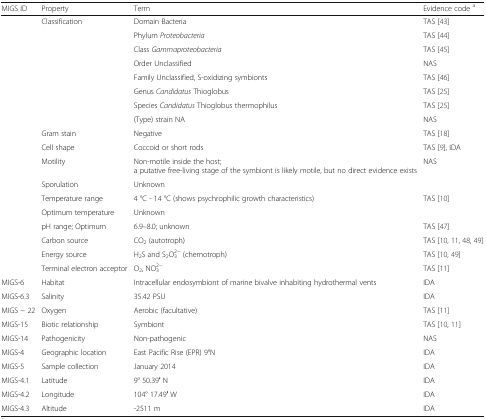
| MIGS ID | Property | Term | Evidence code a |
 | --- | --- | --- | --- |
 | <ROWSPAN=8>  | <ROWSPAN=8> Classification | Domain Bacteria | TAS [43] |
 | Phylum Proteobacteria | TAS [44] |
 | Class Gammaproteobacteria | TAS [45] |
 | Order Unclassified | NAS |
 | Family Unclassified, S-oxidizing symbionts | TAS [46] |
 | Genus Candidatus Thioglobus | TAS [25] |
 | Species Candidatus Thioglobus thermophilus | TAS [25] |
 | (Type) strain NA | NAS |
 |  | Gram stain | Negative | TAS [18] |
 |  | Cell shape | Coccoid or short rods | TAS [9], IDA |
 |  | Motility | Non-motile inside the host;a putative free-living stage of the symbiont is likely motile, but no direct evidence exists | NAS |
 |  | Sporulation | Unknown |  |
 |  | Temperature range | 4 °C - 14 °C (shows psychrophilic growth characteristics) | TAS [10] |
 |  | Optimum temperature | Unknown |  |
 |  | pH range; Optimum | 6.9–8.0; unknown | TAS [47] |
 |  | Carbon source | CO2 (autotroph) | TAS [10, 11, 48, 49] |
 |  | Energy source | H2S and S2O32− (chemotroph) | TAS [10, 49] |
 |  | Terminal electron acceptor | O2, NO32− | TAS [11] |
 | MIGS-6 | Habitat | Intracellular endosymbiont of marine bivalve inhabiting hydrothermal vents | IDA |
 | MIGS-6.3 | Salinity | 35.42 PSU | IDA |
 | MIGS − 22 | Oxygen | Aerobic (facultative) | TAS [11] |
 | MIGS-15 | Biotic relationship | Symbiont | TAS [10, 11] |
 | MIGS-14 | Pathogenicity | Non-pathogenic | NAS |
 | MIGS-4 | Geographic location | East Pacific Rise (EPR) 9°N | IDA |
 | MIGS-5 | Sample collection | January 2014 | IDA |
 | MIGS-4.1 | Latitude | 9° 50.39′ N | IDA |
 | MIGS-4.2 | Longitude | 104° 17.49′ W | IDA |
 | MIGS-4.3 | Altitude | -2511 m | IDA |